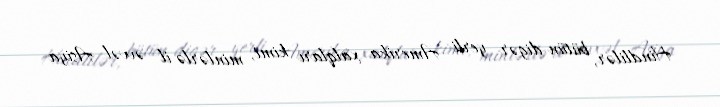
Hindlilər, bütün digər yerli Amerika xalqları kimi, minlərlə il əvvəl Asiya